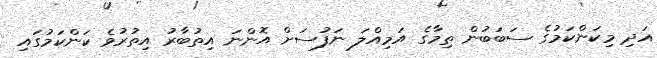
އަދި މިކަންކަމުގެ ސަބަބުން ތިމާގެ އަމިއްލަ ނަފުސަށް އޮންނަ އިތުބާރު އިތުރުވެ ކަންކަމުގައި